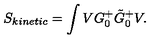
S _ { k i n e t i c } = \int V G _ { 0 } ^ { + } \tilde { G } _ { 0 } ^ { + } V .